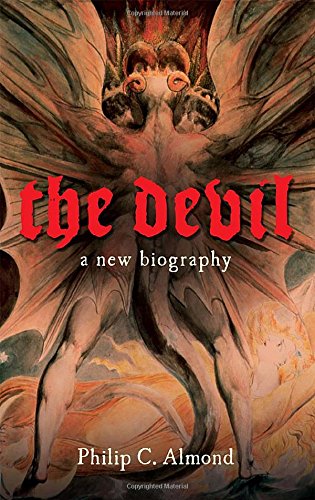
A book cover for The Devil: A New Biography; Philip C. Almond; Religion & Spirituality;